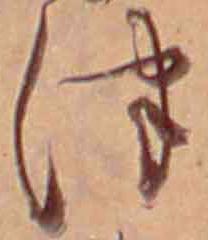
津